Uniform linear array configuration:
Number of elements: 24
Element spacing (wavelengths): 1
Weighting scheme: binomial
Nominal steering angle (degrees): -60
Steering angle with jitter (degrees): -61.72
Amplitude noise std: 0.05
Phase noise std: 0.05

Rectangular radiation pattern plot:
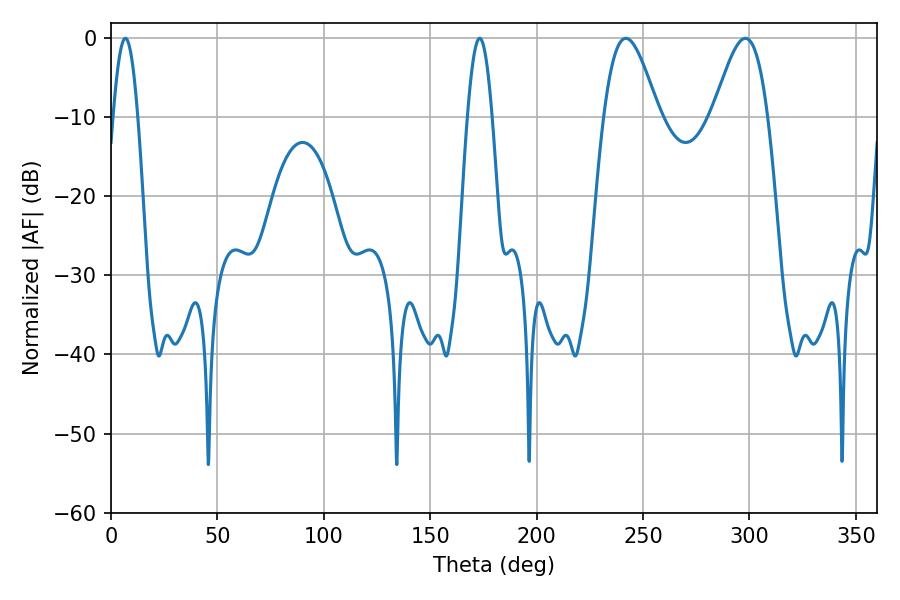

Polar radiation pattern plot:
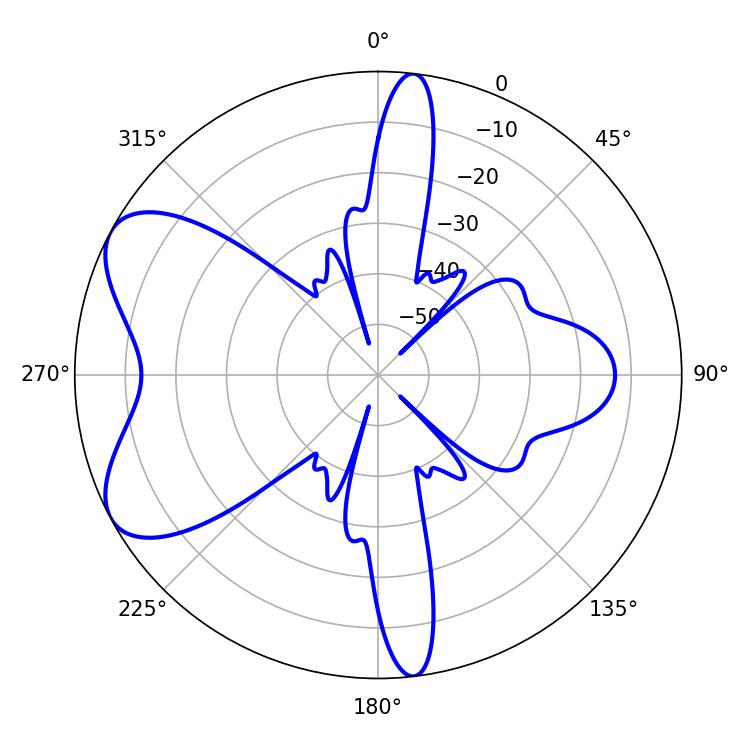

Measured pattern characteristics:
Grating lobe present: TRUE
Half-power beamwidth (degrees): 13.86
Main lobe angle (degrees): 241.92